Report of the Municipal Commissioner on the plague in Bombay for the year ending 31st May... - Volume 1
Disease focus: Plague
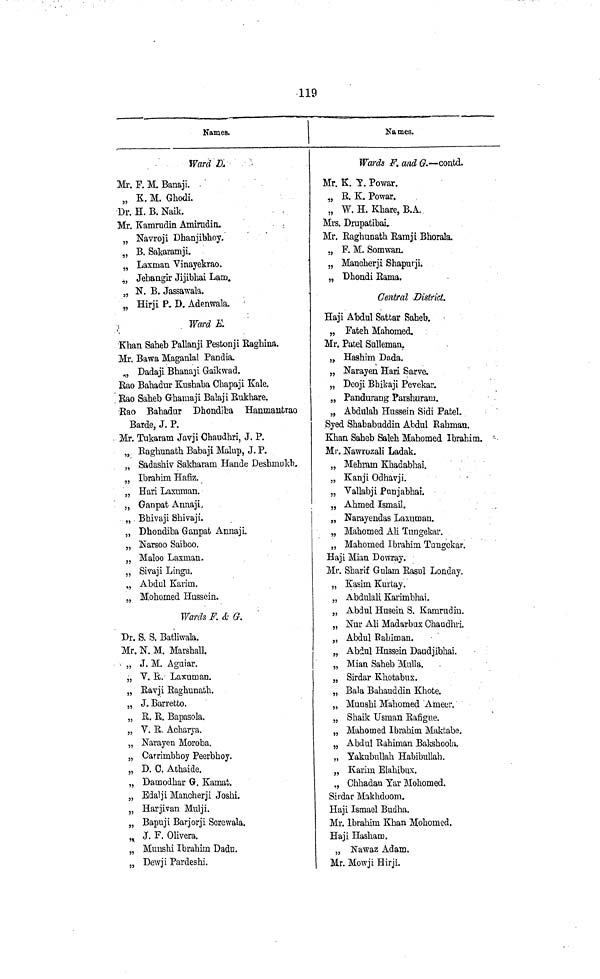
119
Names.
Ward D.
Mr. F. M. Banaji.
„ K. M. Ghodi.
Dr. H. B. Naik.
Mr. Kamrudin Amirudin,
„ Navroji Dhanjibhoy,
„ B. Sakaramji.
„ Laxman Vinayekrao.
„ Jehangir Jijibhai Lam.
„ N. B. Jassawala.
„ Hirji P. D, Adenwala.
Ward E
Khan Saheb Pallanji Pestonji Eaghina.
Mr. Bawa Maganlal Pandia.
„, Dadaji Bhanaji Gaikwad.
Rao Bahadur Kushaba Chapaji Kale.
Rao Saheb Ghamaji Balaji Rukhare.
Rao Bahadur Dhonika Hanmantrao
Barde, J. P.
Mr. Tukaram Javji Chaudhri, J. P.
„ Raghunath Babaji Malup, J. P.
„ Sadashiv Sakharam Hande Desbmukh.
„ Ibrahim Hafiz.
„ Hari Laxuman.
„ Ganpat Annaji.
„ Bhivaji Shivaji.
„ Dhondiba Ganpat Annaji.
„ Narsoo Saiboo.
„ Maloo Laxman.
„ Sivaji Lingu.
„ Abdul Karim.
„ Mohomed Hussein.
Wards F. & G.
Dr. S. S. Bathwala.
Mr. N. M. Marshall.
„ J. M. Aguiar.
„ V. E. Laxuman.
„ Ravji Raghunath.
„ J, Barretto.
„ R. R. Bapasola.
„ V. R, Acharja.
„ Narayen Moroba.
„ Carrimbhoy Peerbhoy.
„ D. C. Athaide.
„ Damodhar G. Kamat.
„ Edalji Mancherji Joshi.
„ Harjivan Mulji.
„ Bapuji Barjorji Screwala.
„ J. F. Olivera.
„ Munshi Ibrahim Dadu.
„ Dewji Pardeshi.
Na mes.
Wards F. and G. — contd.
Mr. K. Y. Powar.
„ R. K. Powar.
„ W. H. Khare, B.A.
Mrs. Drupatibai.
Mr. Raghunath Ramji Bhorala.
„ F. M. Somwan.
„ Mancherji Shapurji.
„ Dhondi Rama.
Central District,
Haji Abdul Sattar Saheb.
„ Fateh Mahomed,
Mr. Patel Sulleman.
„ Hashim Dada.
„ Narayen Hari Sarve,
„ Deoji Bhikaji Pevekar.
„ Pandurang Parshuram.
„ Abdulah Hussein Sidi Patel.
Syed Shahabuddin Abdul Rahman.
Khan Saheb Saleh Mahomed Ibrahim.
Mr. Nawrozali Ladak.
„ Mehram Khadabhai.
„ Kanji Odhavji.
„ Vallabji Punjabhai.
„ Ahmed Ismail.
„ Narayendas Laxuman.
„ Mahomed Ali Tungekar.
„ Mahomed Ibrahim Tungekar.
Haji Mian Dowray.
Mr. Sharif Gulam Rasul Londay.
„ Kasim Kurtay.
„ Abdulali Karimbhai.
„ Abdul Husein S. Kamrudin.
77
„ Nur Ali Madarbux Chaudhri.
„ Abdul Rahiman.
„ Abdul Hussein Daudjibhai.
„ Mian Saheb Mulla.
„ Sirdar Khotabux.
„ Bala Bahauddin Khote.
„ Munshi Mahomed Ameer.
„ Shaik Usman Rafigue.
„ Mahomed Ibrahim Maktabe.
„ Abdul Rahiman Bakshoola.
„ Yakubullah Habibullah.
„ Karim Elahibux.
„ Chhadan Yar Mohomed.
Sirdar Makhdoom.
Haji Ismael Budha.
Mr. Ibrahim Khan Mohomed.
Haji Hasham.
„ Nawaz Adam.
Mr. Mowji Hirji.